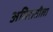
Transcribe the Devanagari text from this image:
अमिरातीला